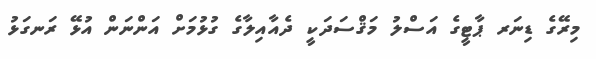
މިރޭގެ ޑިނަރ ޕާޓީގެ އަސްލު މަޤްސަދަކީ ދެއާއިލާގެ ގުޅުމަށް އަންނަން އުޅޭ ރަނގަޅު